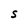
Character: S